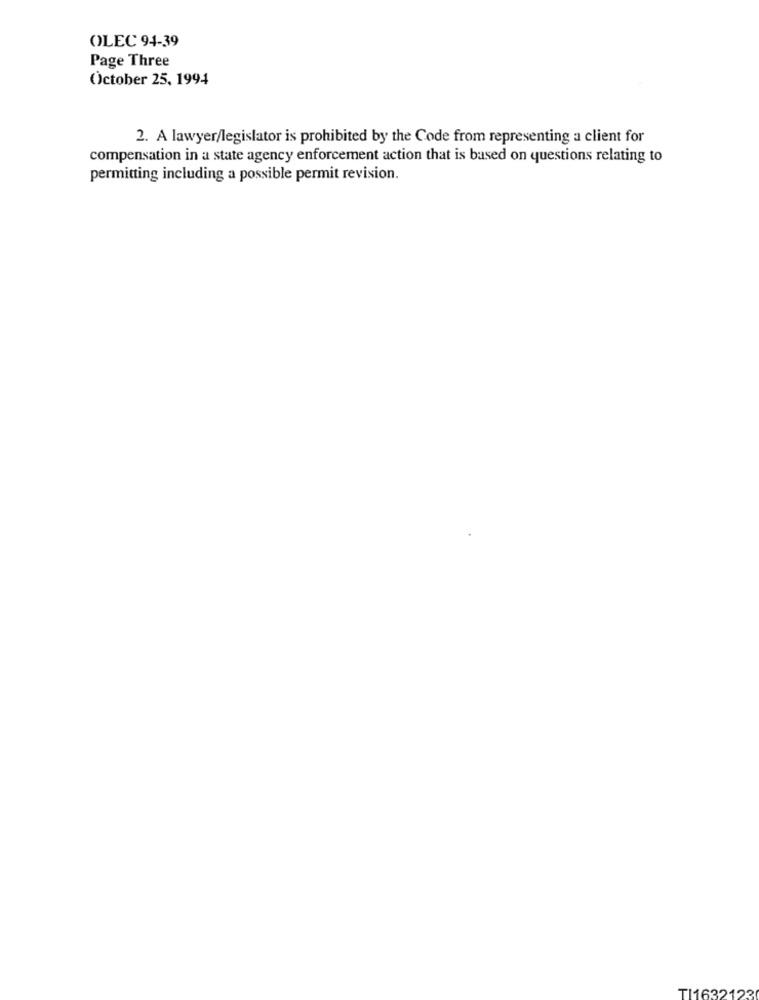
OLEC 94-39
Page Three
October 25, 1994
2. A lawyer/legislator is prohibited by the Code from representing a client for
compensation in a state agency enforcement action that is based on questions relating to
permitting including a possible permit revision.
TI1632123